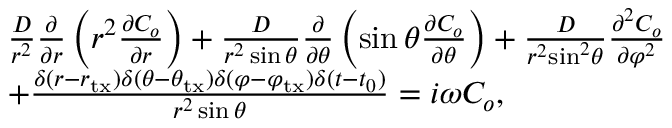
\begin{array} { r l } & { \frac { D } { { { r ^ { 2 } } } } \frac { \partial } { { \partial r } } \left( { r ^ { 2 } } \frac { { \partial C _ { o } } } { { \partial r } } \right) + \frac { D } { { { r ^ { 2 } } \sin \theta } } \frac { \partial } { { \partial \theta } } \left( \sin \theta \frac { { \partial C _ { o } } } { { \partial \theta } } \right) + \frac { D } { { { r ^ { 2 } } { { \sin } ^ { 2 } } \theta } } \frac { { { \partial ^ { 2 } } C _ { o } } } { { \partial { \varphi ^ { 2 } } } } } \\ & { + \frac { { \delta ( r - { r _ { \mathrm { t x } } } ) \delta ( \theta - \theta _ { \mathrm { t x } } ) \delta ( \varphi - \varphi _ { \mathrm { t x } } ) \delta ( t - t _ { 0 } ) } } { r ^ { 2 } \sin \theta } = i \omega C _ { o } , } \end{array}